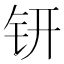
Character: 钘